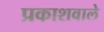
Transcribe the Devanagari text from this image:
प्रकाशवाले